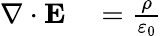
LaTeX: \begin{array}{rl}{\nabla\cdot\mathbf{E}}&{{}={\frac{\rho}{\varepsilon_{0}}}}\end{array}